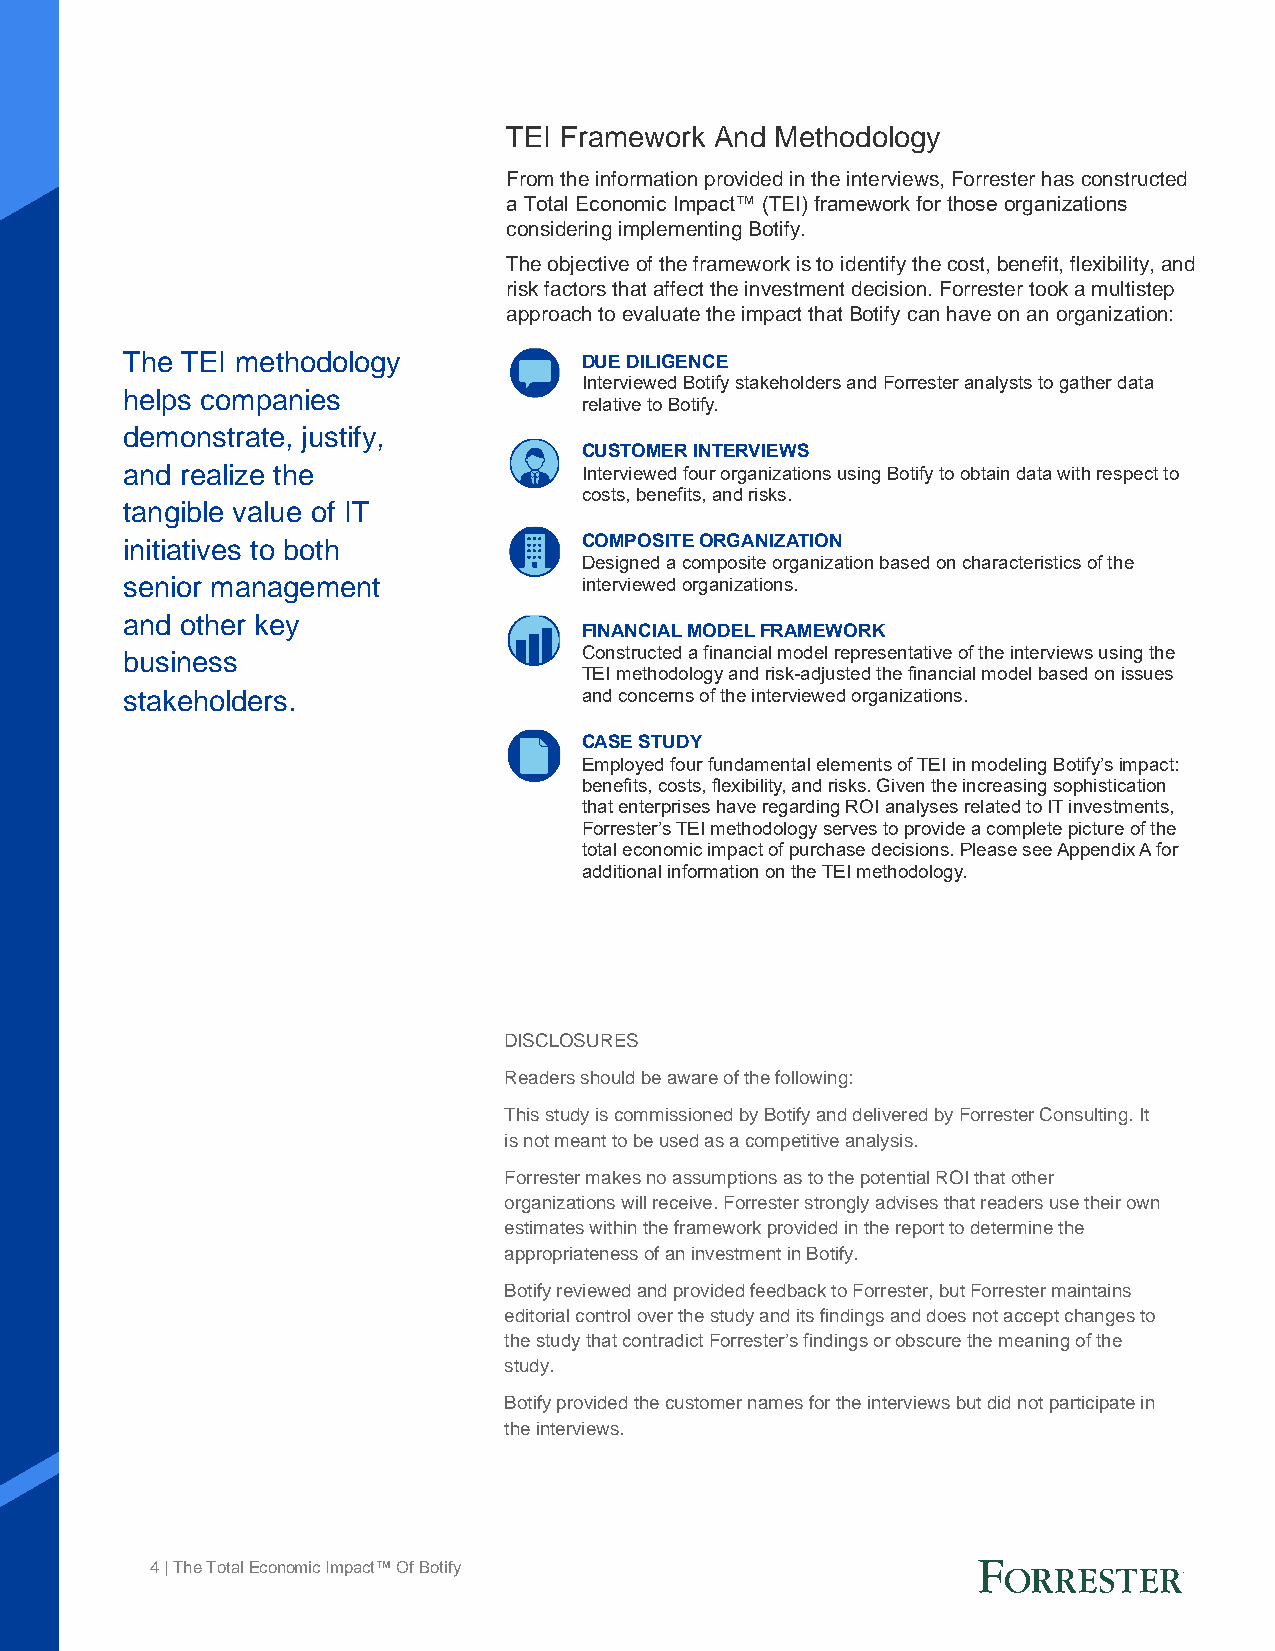
TEI Framework And Methodology
 From the information provided in the interviews, Forrester has constructed
 a Total Economic Impact™ (TEI) framework for those organizations
 considering implementing Botify.
 The objective of the framework is to identify the cost, benefit, flexibility, and
 risk factors that affect the investment decision. Forrester took a multistep
 approach to evaluate the impact that Botify can have on an organization:
 The TEI methodology            DUE DILIGENCE
 Interviewed Botify stakeholders and Forrester analysts to gather data
 helps companies
 relative to Botify.
 demonstrate, justify,
 CUSTOMER INTERVIEWS
 and realize the                Interviewed four organizations using Botify to obtain data with respect to
 costs, benefits, and risks.
 tangible value of IT
 initiatives to both            COMPOSITE ORGANIZATION
 Designed a composite organization based on characteristics of the
 senior management              interviewed organizations.
 and other key
 FINANCIAL MODEL FRAMEWORK
 business                       Constructed a financial model representative of the interviews using the
 TEI methodology and risk-adjusted the financial model based on issues
 stakeholders.                  and concerns of the interviewed organizations.
 CASE STUDY
 Employed four fundamental elements of TEI in modeling Botify’s impact:
 benefits, costs, flexibility, and risks. Given the increasing sophistication
 that enterprises have regarding ROI analyses related to IT investments,
 Forrester’s TEI methodology serves to provide a complete picture of the
 total economic impact of purchase decisions. Please see Appendix A for
 additional information on the TEI methodology.
 DISCLOSURES
 Readers should be aware of the following:
 This study is commissioned by Botify and delivered by Forrester Consulting. It
 is not meant to be used as a competitive analysis.
 Forrester makes no assumptions as to the potential ROI that other
 organizations will receive. Forrester strongly advises that readers use their own
 estimates within the framework provided in the report to determine the
 appropriateness of an investment in Botify.
 Botify reviewed and provided feedback to Forrester, but Forrester maintains
 editorial control over the study and its findings and does not accept changes to
 the study that contradict Forrester’s findings or obscure the meaning of the
 study.
 Botify provided the customer names for the interviews but did not participate in
 the interviews.
 4 | The Total Economic Impact™ Of Botify